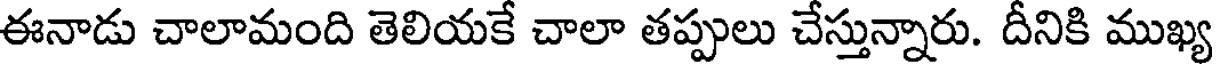
ఈనాడు చాలామంది తెలియకే చాలా తప్పులు చేస్తున్నారు. దీనికి ముఖ్య